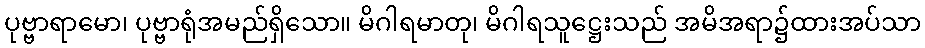
ပုဗ္ဗာရာမော၊ ပုဗ္ဗာရုံအမည်ရှိသော။ မိဂါရမာတု၊ မိဂါရသူဋ္ဌေးသည် အမိအရာ၌ထားအပ်သာ